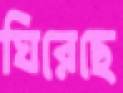
ঘিরেছে